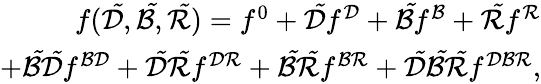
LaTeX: \begin{array}{r}{f({\cal\tilde{D}},{\cal\tilde{B}},{\cal\tilde{R}})=f^{0}+{{\cal\tilde{D}}}f^{{\cal{D}}}+{{\cal\tilde{B}}}f^{{\cal{B}}}+{{\cal\tilde{R}}}f^{{\cal{R}}}}\\ {+{{\cal\tilde{B}}{\cal\tilde{D}}}f^{{\cal{B}}{\cal{D}}}+{{\cal\tilde{D}}{\cal\tilde{R}}}f^{{\cal{D}}{\cal{R}}}+{{\cal\tilde{B}}{\cal\tilde{R}}}f^{{\cal{B}}{\cal{R}}}+{{\cal\tilde{D}}{\cal\tilde{B}}{\cal\tilde{R}}}f^{{\cal{D}}{\cal{B}}{\cal{R}}},}\end{array}